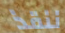
ننقذ